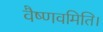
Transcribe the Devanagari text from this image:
वैष्णवमिति।